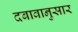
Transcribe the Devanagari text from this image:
दबावानुसार